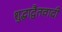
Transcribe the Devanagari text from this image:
शुद्धाद्वैतवादी